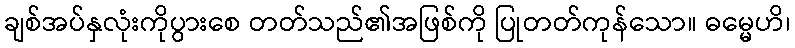
ချစ်အပ်နှလုံးကိုပွားစေ တတ်သည်၏အဖြစ်ကို ပြုတတ်ကုန်သော။ ဓမ္မေဟိ၊